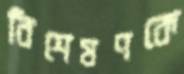
বিশেষণকে